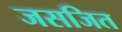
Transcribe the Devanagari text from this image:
जसजित